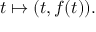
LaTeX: t \mapsto ( t , f ( t ) ) .